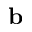
{ \bf b }